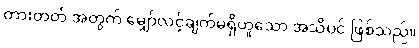
တားတတ် အတွက် မျှော်လင့်ချက်မရှိဟူသော အသိပင် ဖြစ်သည်။